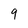
Character: 9